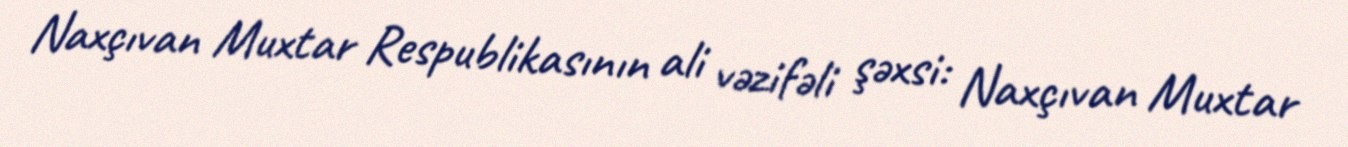
Naxçıvan Muxtar Respublikasının ali vəzifəli şəxsi: Naxçıvan Muxtar